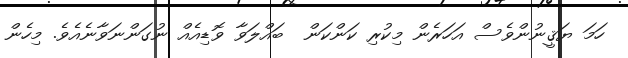
ހަމަ ޔަޤީނުންވެސް އަހަރެން މިކުރި ކަންކަން  ބައްލަވާ ވޮޑިއެއް ނުގަންނަވާނެއެވެ. މިހެން